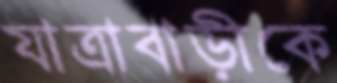
যাত্রাবাড়ীকে